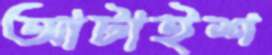
আটাইশ